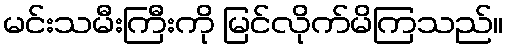
မင်းသမီးကြီးကို မြင်လိုက်မိကြသည်။